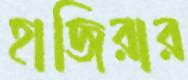
হাজিরার